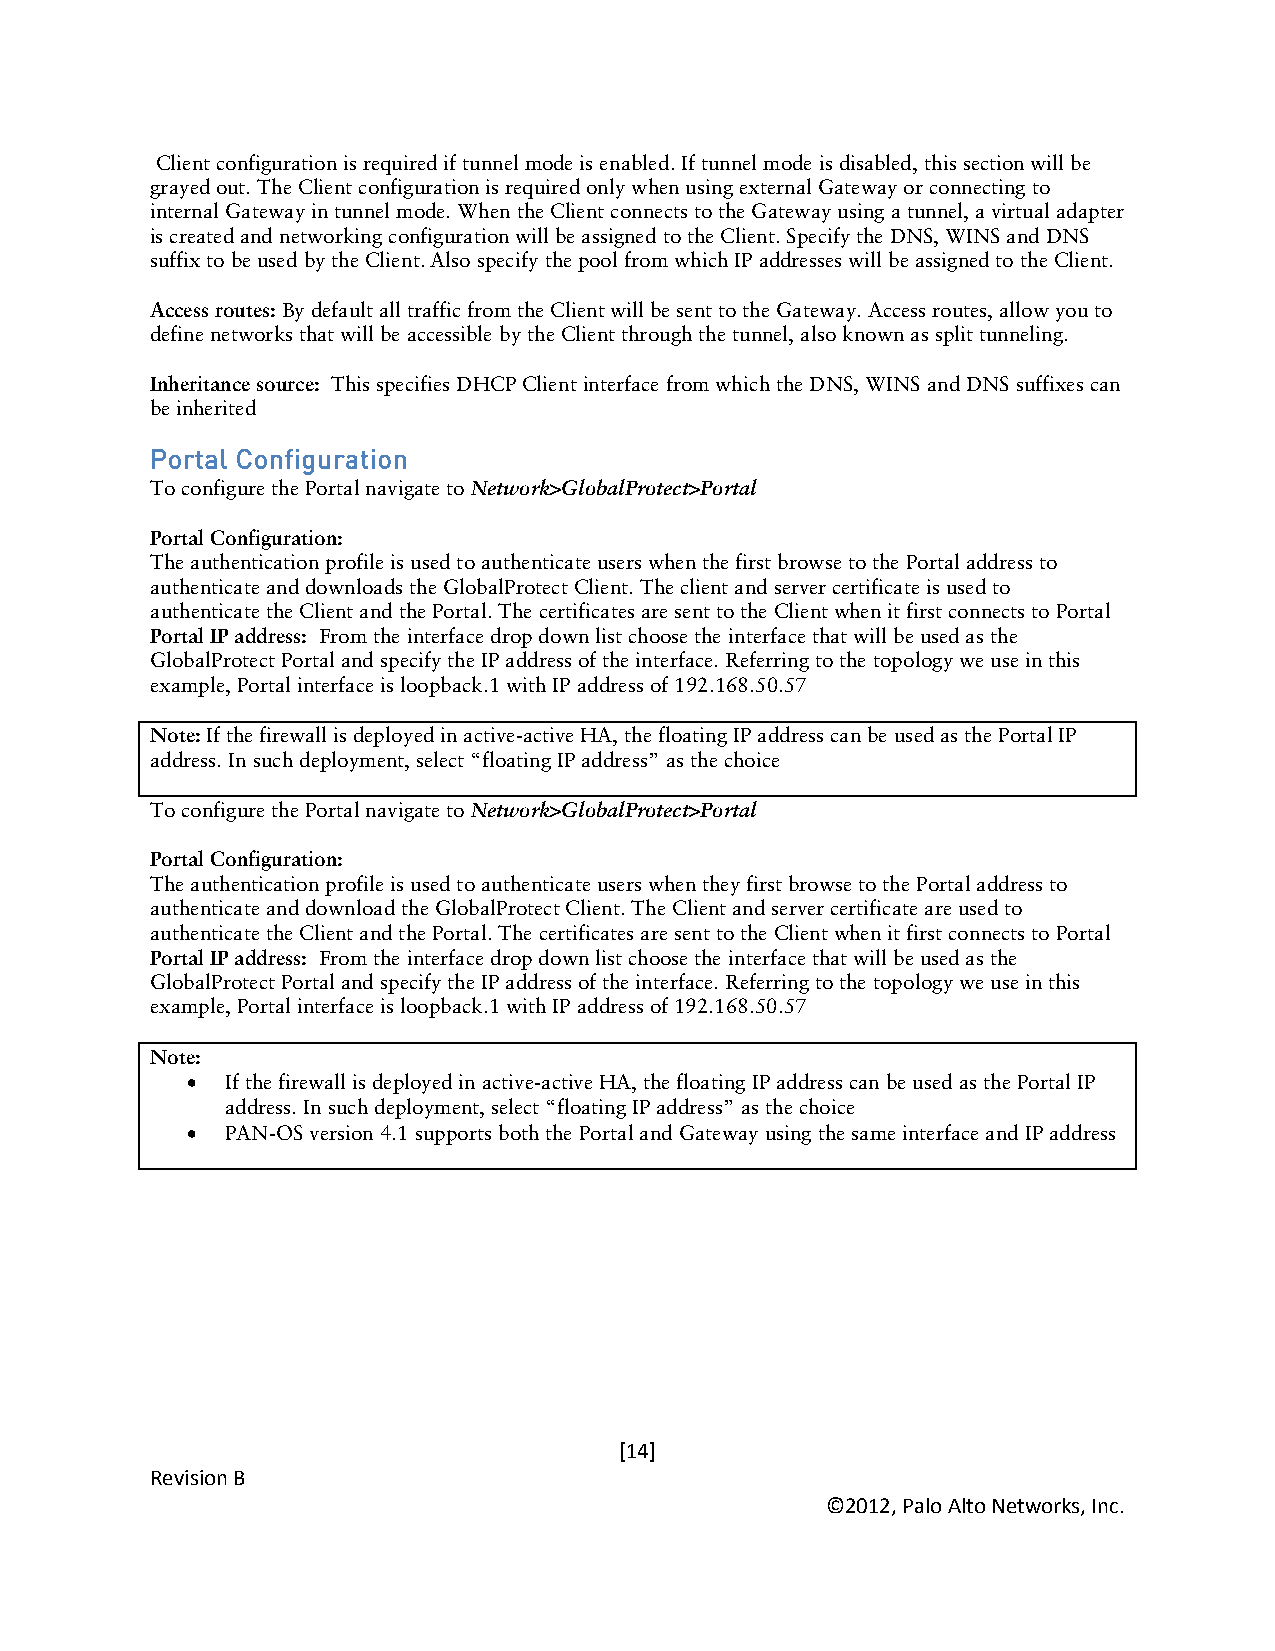
Client configuration is required if tunnel mode is enabled. If tunnel mode is disabled, this section will be
 grayed out. The Client configuration is required only when using external Gateway or connecting to
 internal Gateway in tunnel mode. When the Client connects to the Gateway using a tunnel, a virtual adapter
 is created and networking configuration will be assigned to the Client. Specify the DNS, WINS and DNS
 suffix to be used by the Client. Also specify the pool from which IP addresses will be assigned to the Client.
 Access routes: By default all traffic from the Client will be sent to the Gateway. Access routes, allow you to
 define networks that will be accessible by the Client through the tunnel, also known as split tunneling.
 Inheritance source: This specifies DHCP Client interface from which the DNS, WINS and DNS suffixes can
 be inherited
 Portal Configuration
 To configure the Portal navigate to Network>GlobalProtect>Portal
 Portal Configuration:
 The authentication profile is used to authenticate users when the first browse to the Portal address to
 authenticate and downloads the GlobalProtect Client. The client and server certificate is used to
 authenticate the Client and the Portal. The certificates are sent to the Client when it first connects to Portal
 Portal IP address: From the interface drop down list choose the interface that will be used as the
 GlobalProtect Portal and specify the IP address of the interface. Referring to the topology we use in this
 example, Portal interface is loopback.1 with IP address of 192.168.50.57
 Note: If the firewall is deployed in active-active HA, the floating IP address can be used as the Portal IP
 address. In such deployment, select “floating IP address” as the choice
 To configure the Portal navigate to Network>GlobalProtect>Portal
 Portal Configuration:
 The authentication profile is used to authenticate users when they first browse to the Portal address to
 authenticate and download the GlobalProtect Client. The Client and server certificate are used to
 authenticate the Client and the Portal. The certificates are sent to the Client when it first connects to Portal
 Portal IP address: From the interface drop down list choose the interface that will be used as the
 GlobalProtect Portal and specify the IP address of the interface. Referring to the topology we use in this
 example, Portal interface is loopback.1 with IP address of 192.168.50.57
 Note:
 •  If the firewall is deployed in active-active HA, the floating IP address can be used as the Portal IP
 address. In such deployment, select “floating IP address” as the choice
 •  PAN-OS version 4.1 supports both the Portal and Gateway using the same interface and IP address
 [14]
 Revision B
 ©2012, Palo Alto Networks, Inc.